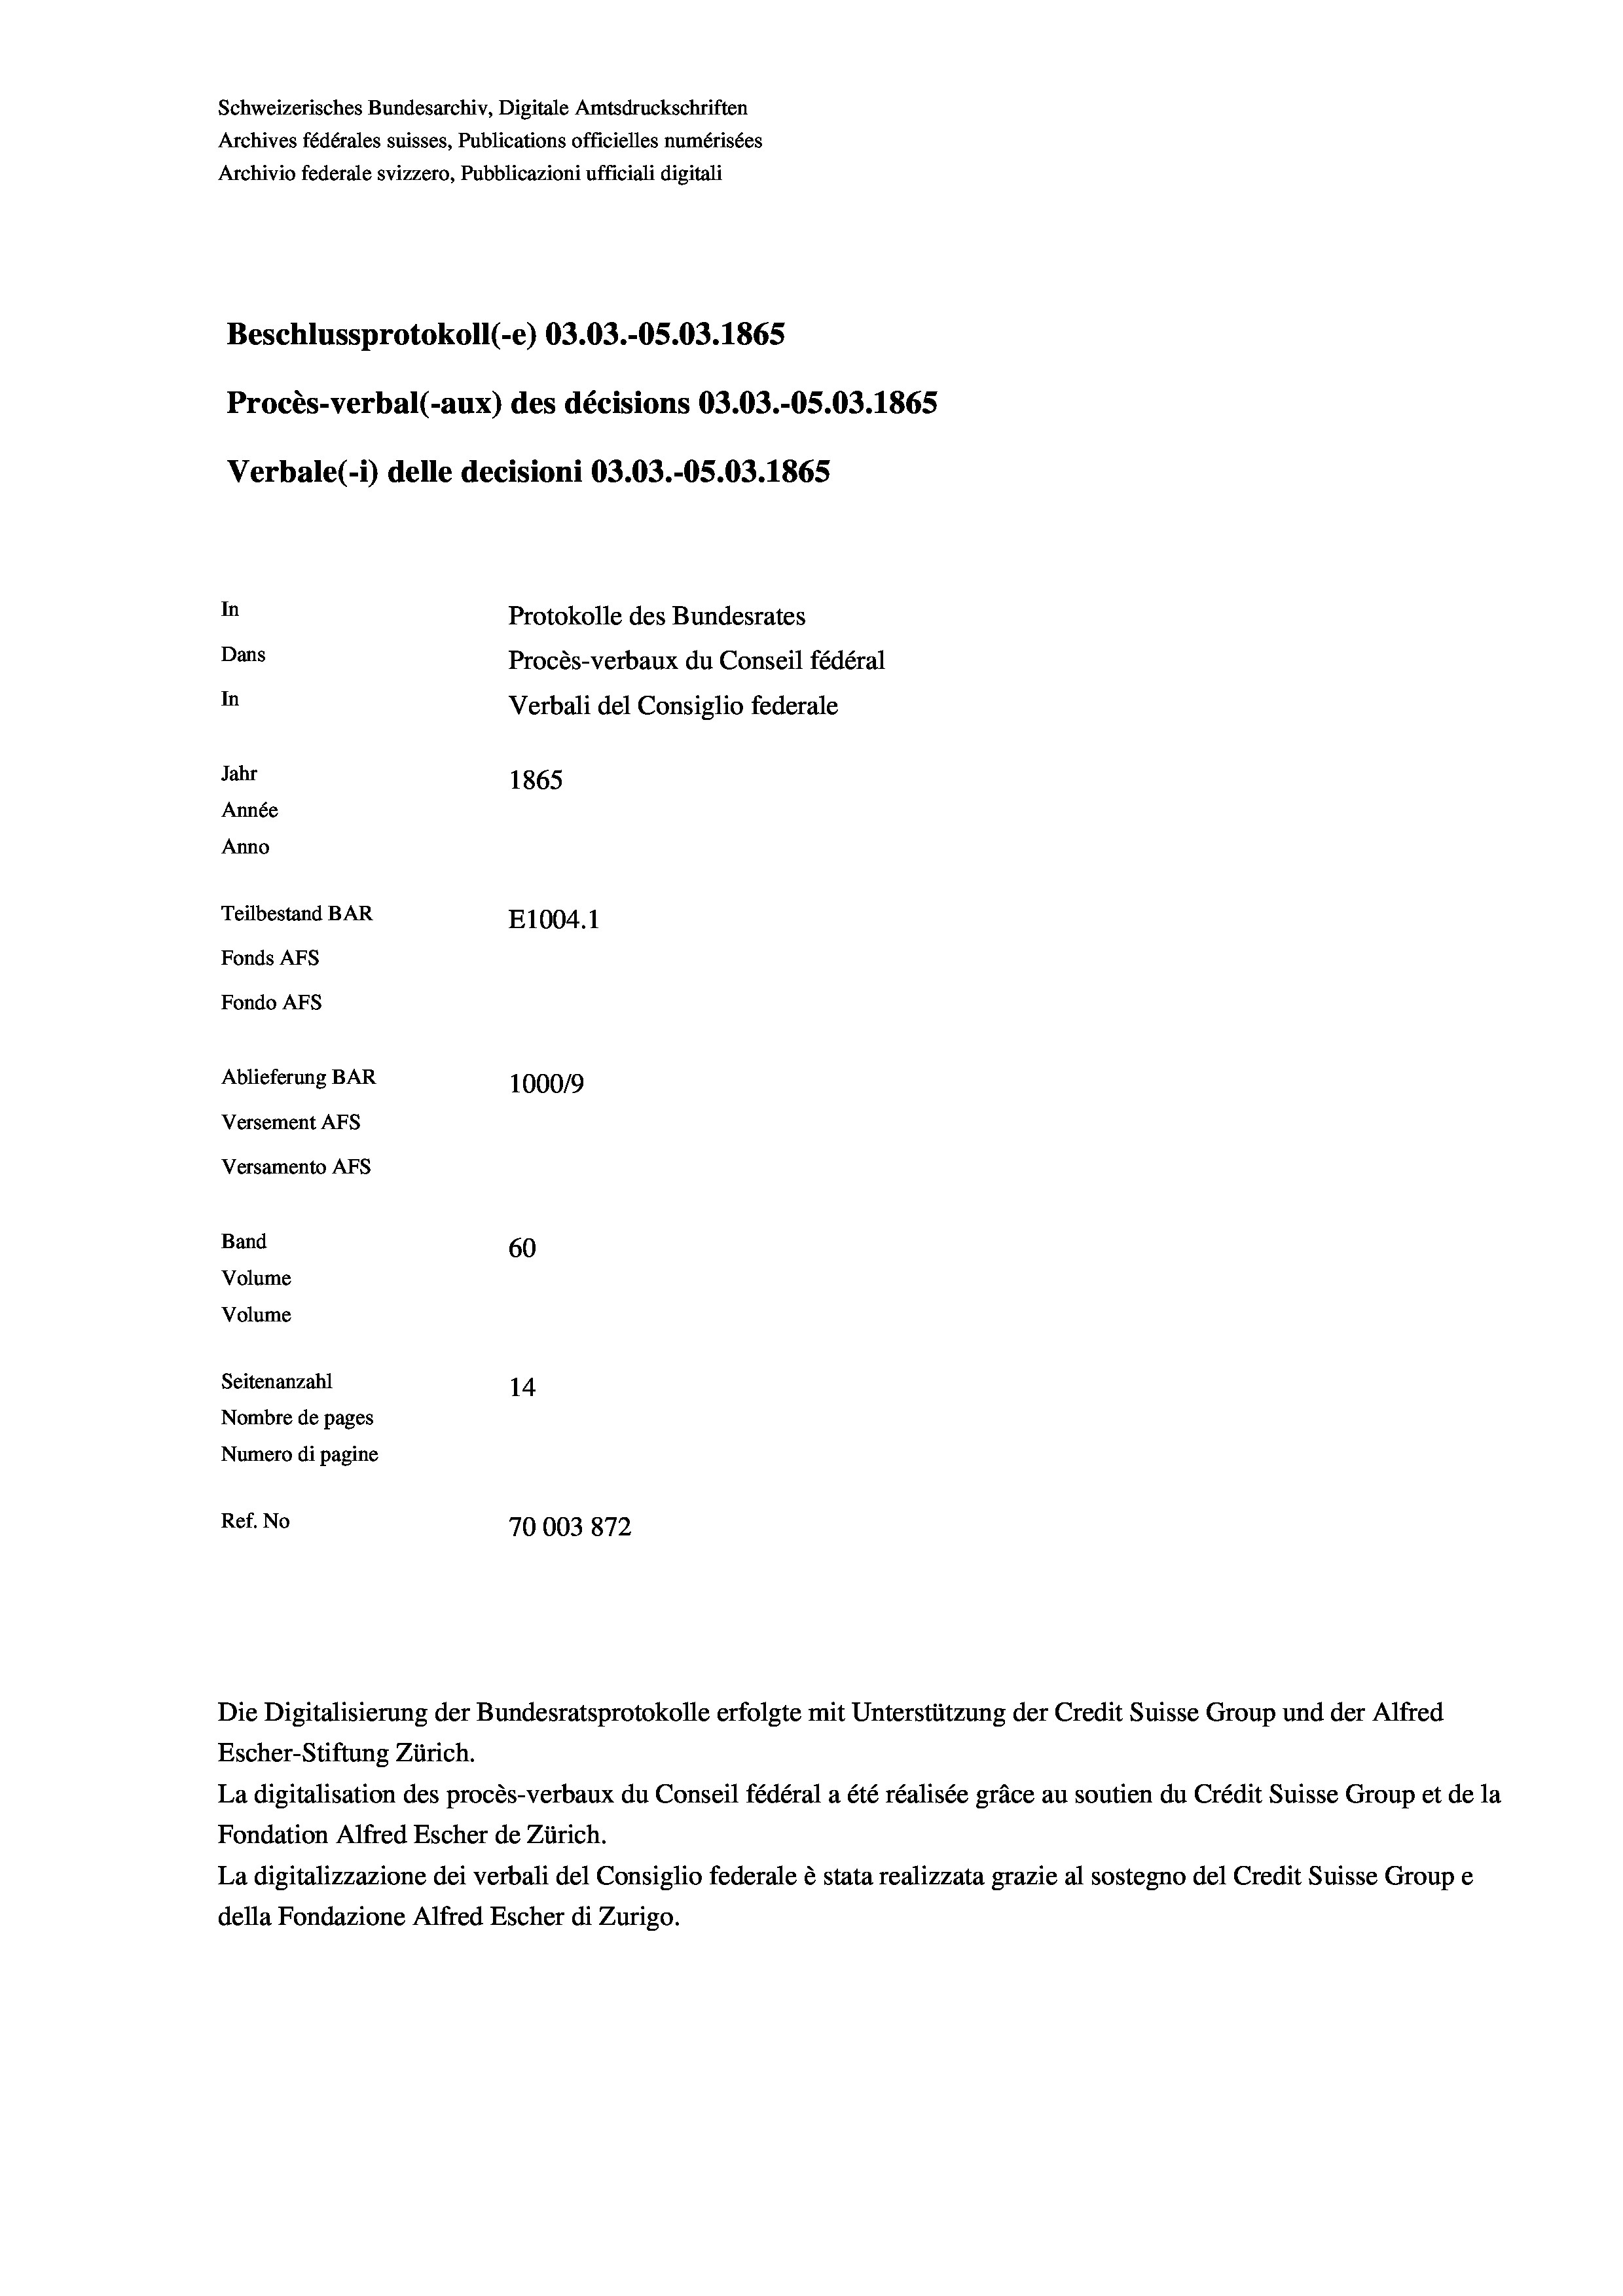
Schweizerisches Bundesarchiv, Digitale Amtsdruckschriften
Archives fédérales suisses, Publications officielles numérisées
Archivio federale svizzero, Pubblicazioni ufficiali digitali
Beschlussprotokoll (-e) 03.03.-05.03. 1865
Procès-verbal (-aux) des décisions 03.03.-OS.03. 1865
Verbale (1) delle decisioni 03.03.-OS.03. 1865
In
Protokolle des Bundesrates
Dans
Procès-verbaux du Conseil fédéral
In
Verbali del Consiglio federale
Jahr
1865
Année
Anno
Teilbestand BAR
E1004.1
Fonds AFs
Fondo Afs
Ablieferung BAR
100019
Versement AFs
Versamento Afs
Band
60
Volume
Volume
Seitenanzahl
14

Nombre de pages
Numero di pagine
Ref. No
70003872

Escher-Stiftung Zürich.
La digitalisation des procès-verbaux du Conseil fédéral a été réalisée gräce au soutien du Crédit Suisse Group et de la
Fondation Alfred Escher de Zürich.
La digitalizzazione dei verbali del Consiglio federale è stata realizzata grazie al sostegno del Credit Suisse Groupe
della Fondazione Alfred Escher di Zurigo.

Die Digitalisierung der Bundesratsprotokolle erfolgte mit Unterstützung der Credit Suisse Group und der Alfred